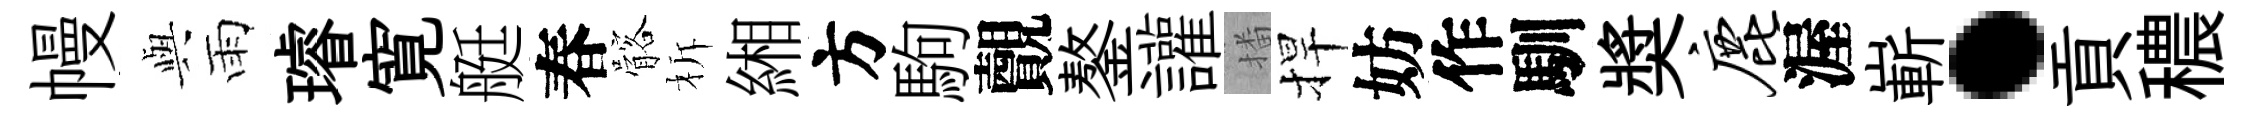
幔𫤰雨璿寛艇春髂柝緗方駒覿鏊讙播捍妨作馴奬鹿渥嶄·貢穠